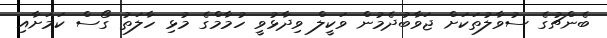
ބެންޗުގެ ސުވާލުތަކަށް ޖަވާބުދެމުން ވަކީލް ވިދާޅުވީ ހުމާމްގެ މުޅި ހާލަތު ގޯސް ކަމަށާއި